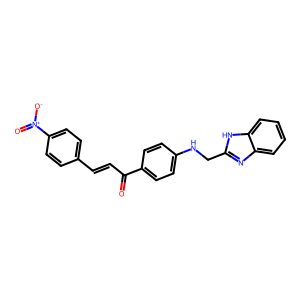
SMILES: O=C(C=Cc1ccc([N+](=O)[O-])cc1)c1ccc(NCc2nc3ccccc3[nH]2)cc1
Inhibits HIV replication: No